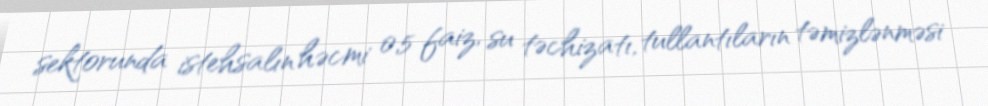
sektorunda istehsalın həcmi 0,5 faiz, su təchizatı, tullantıların təmizlənməsi